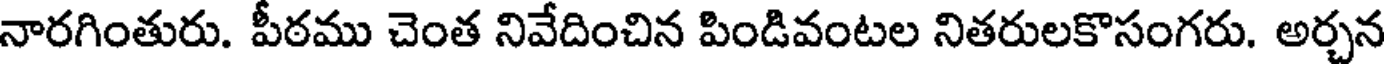
నారగింతురు. పీఠము చెంత నివేదించిన పిండివంటల నితరులకొసంగరు. అర్చన